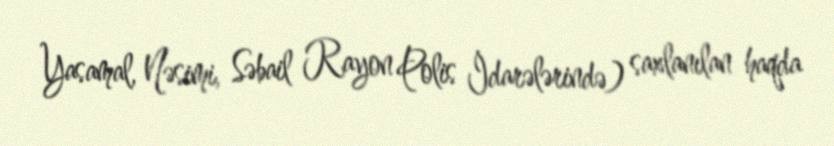
Yasamal, Nəsimi, Səbail Rayon Polis İdarələrində) saxlanılan haqda